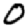
Digit: 0